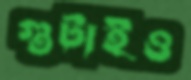
গুটাইও